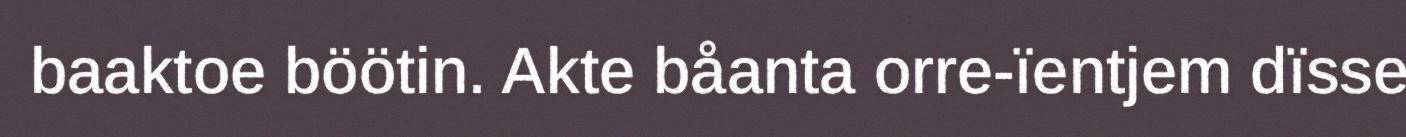
baaktoe böötin. Akte båanta orre-ïentjem dïsse